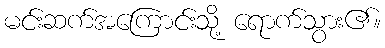
မင်းဆက်အကြောင်းသို့ ရောက်သွား၏။